Document type: Enfranchisement
Year: 1297
Scribe: Jaume de Trilla
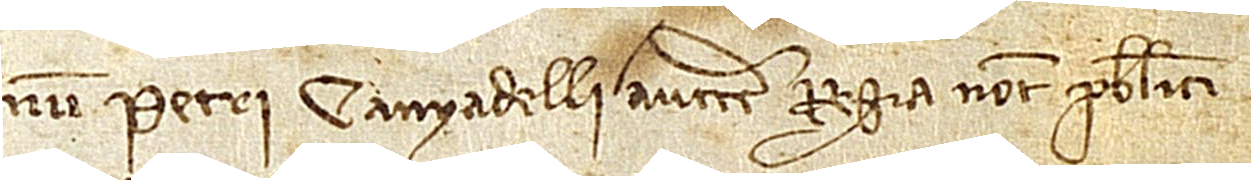
num Petri ᑕanyadelli, auctoritate regia notarii publici